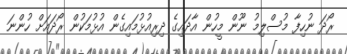
ރޯދަ ނުހިފާ މުސްލިމު ނޫން މީހުން އާދައިގެ ދިރިއުޅުމައިގެން އުޅުމަކުން ރޯދައަށް ހުންނަ